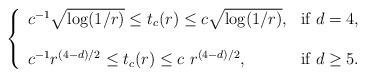
LaTeX: \begin{align*}\left\{\begin{array}{ll}c^{-1} \sqrt{\log(1/r)}\leq t_c(r)\leq c \sqrt{\log(1/r)}, &\mbox{if } d=4,\\&\\c^{-1} r^{(4-d)/2}\leq t_c(r) \leq c\ r^{(4-d)/2}, &\mbox{if } d\geq 5.\end{array}\right.\end{align*}